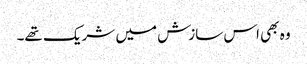
وہ بھی اس سازش میں شریک تھے۔